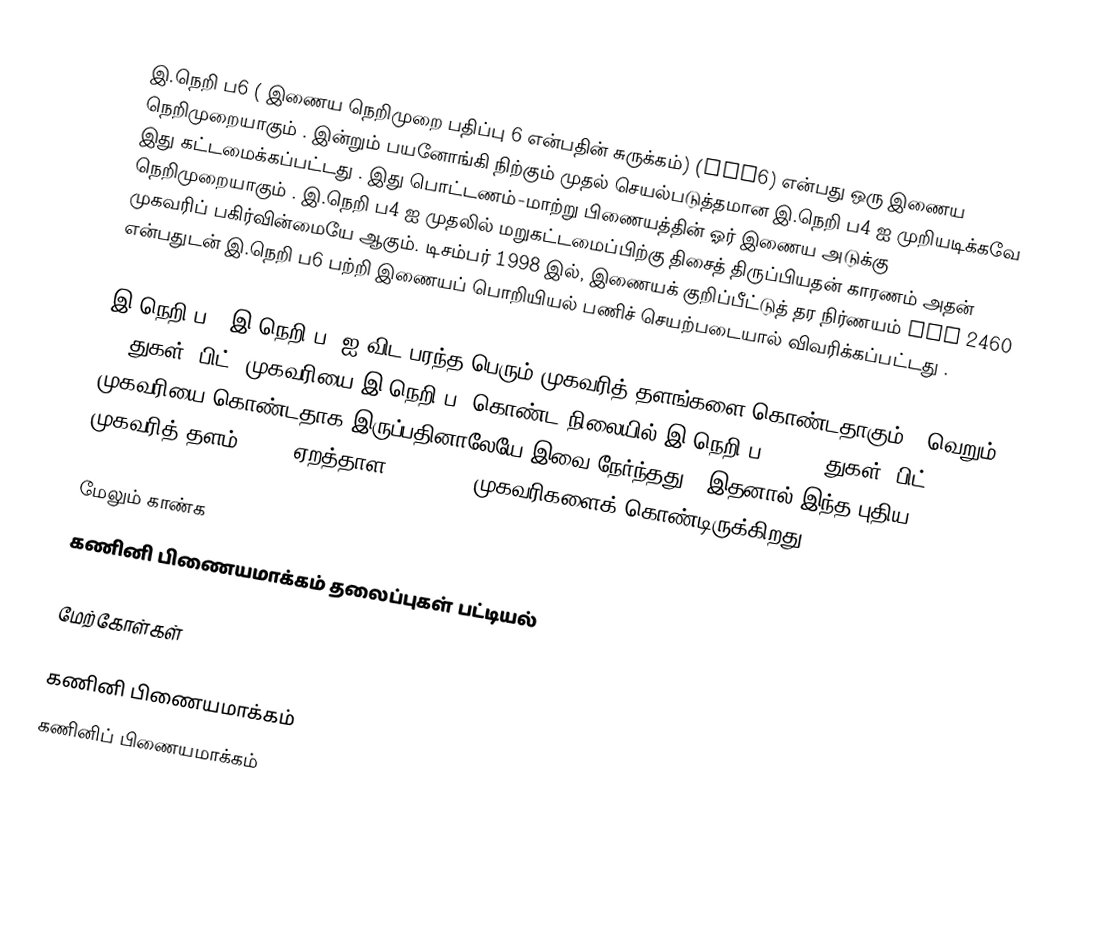
இ.நெறி ப6 ( இணைய நெறிமுறை பதிப்பு 6 என்பதின் சுருக்கம்) (IPv6) என்பது ஒரு இணைய நெறிமுறையாகும் . இன்றும் பயனோங்கி நிற்கும் முதல் செயல்படுத்தமான இ.நெறி ப4 ஐ முறியடிக்கவே இது கட்டமைக்கப்பட்டது . இது பொட்டணம்-மாற்று பிணையத்தின்  ஓர் இணைய அடுக்கு நெறிமுறையாகும் . இ.நெறி ப4 ஐ முதலில் மறுகட்டமைப்பிற்கு திசைத் திருப்பியதன் காரணம் அதன் முகவரிப் பகிர்வின்மையே ஆகும். டிசம்பர் 1998 இல், இணையக் குறிப்பீட்டுத் தர நிர்ணயம் RFC 2460 என்பதுடன் இ.நெறி ப6 பற்றி இணையப் பொறியியல் பணிச் செயற்படையால் விவரிக்கப்பட்டது .

இ.நெறி ப6,  இ.நெறி ப4 ஐ  விட பரந்த பெரும் முகவரித் தளங்களை கொண்டதாகும் . வெறும் 32-துகள் (பிட்) முகவரியை இ.நெறி ப4 கொண்ட நிலையில் இ.நெறி ப6 , 128-துகள் (பிட்) முகவரியை கொண்டதாக இருப்பதினாலேயே இவை நேர்ந்தது . இதனால் இந்த புதிய முகவரித் தளம் 2128 (ஏறத்தாள 3.4×1038) முகவரிகளைக் கொண்டிருக்கிறது .

மேலும் காண்க
கணினி பிணையமாக்கம் தலைப்புகள் பட்டியல்

மேற்கோள்கள்

 கணினி பிணையமாக்கம்
கணினிப் பிணையமாக்கம்